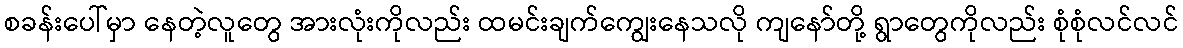
စခန်းပေါ်မှာ နေတဲ့လူတွေ အားလုံးကိုလည်း ထမင်းချက်ကျွေးနေသလို ကျနော်တို့ ရွာတွေကိုလည်း စုံစုံလင်လင်